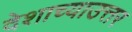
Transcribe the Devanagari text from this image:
देशाच्याउत्तर